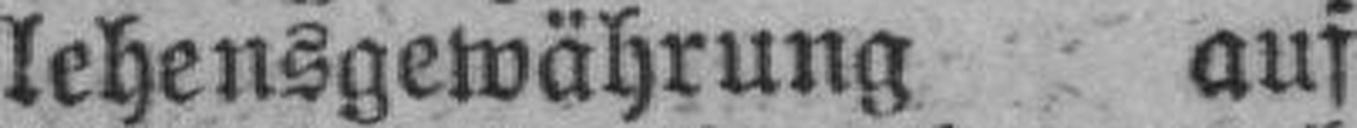
lehensgewährung auf